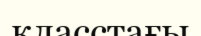
класстағы